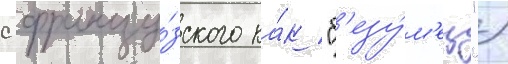
с францу́зского ка́к "б'езу́м'ец")